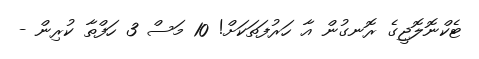
ޓެކްނޮލޮޖީގެ ރޮނގުން އާ ހަރުފަތަކަށް! 10 މަސް 3 ހަފްތާ ކުރިން -